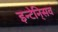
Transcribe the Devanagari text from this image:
इन्टेनि्सव